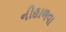
નીહાળવા